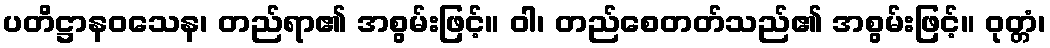
ပတိဋ္ဌာနဝသေန၊ တည်ရာ၏ အစွမ်းဖြင့်။ ဝါ၊ တည်စေတတ်သည်၏ အစွမ်းဖြင့်။ ဝုတ္တံ၊